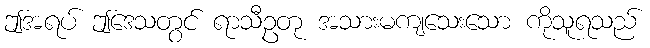
ဤအရပ် ဤဒေသတွင် ရာသီဥတု အသားမကျသေးသော ကိုသူရသည်